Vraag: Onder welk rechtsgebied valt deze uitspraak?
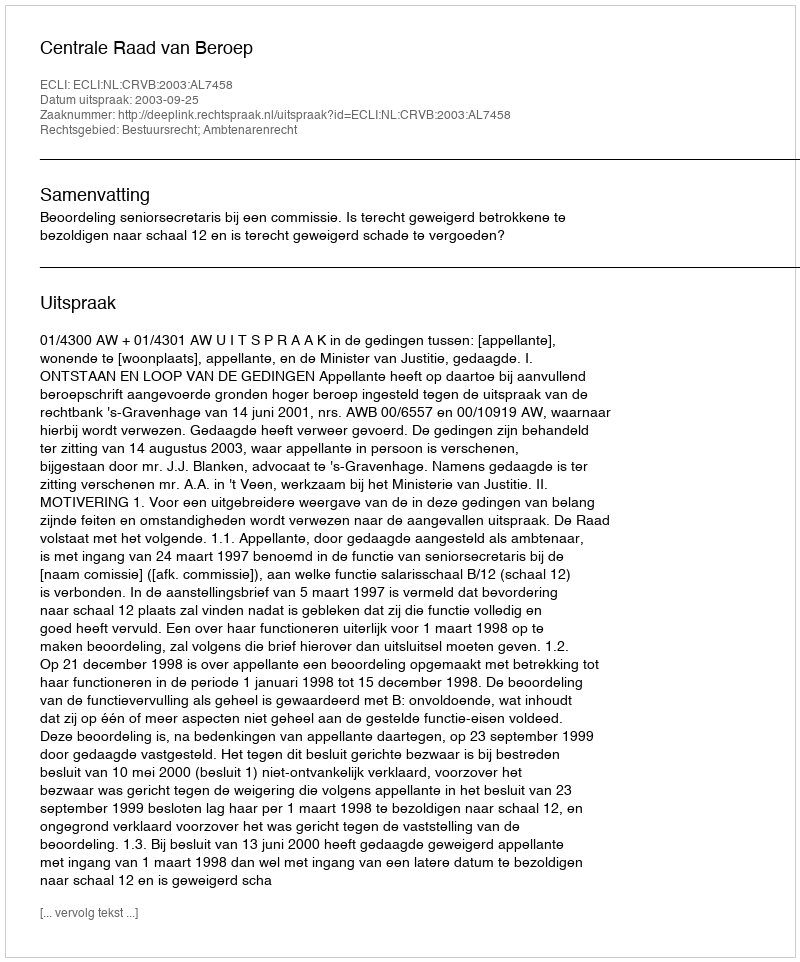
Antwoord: Bestuursrecht; Ambtenarenrecht